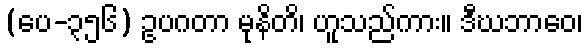
(ပေ-၃၅၆) ဥပဂတာ မုနိတိ၊ ဟူသည်ကား။ ဒီဃဘာဝေ၊